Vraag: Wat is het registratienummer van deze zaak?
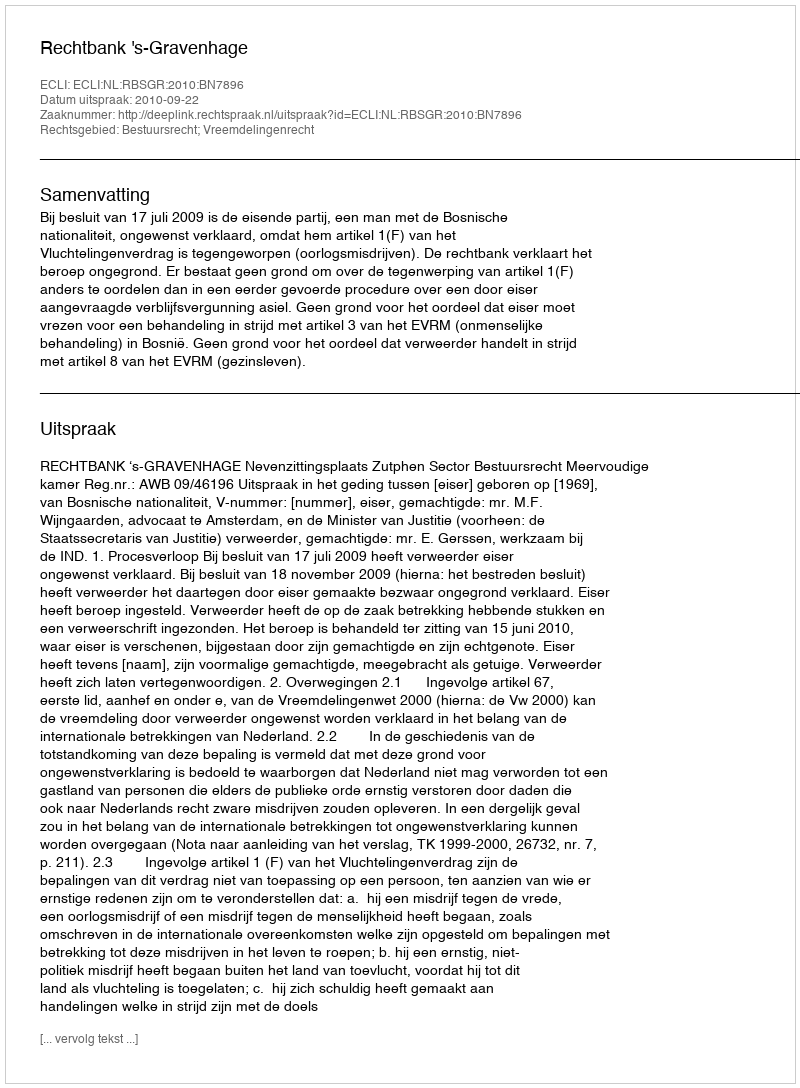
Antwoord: http://deeplink.rechtspraak.nl/uitspraak?id=ECLI:NL:RBSGR:2010:BN7896